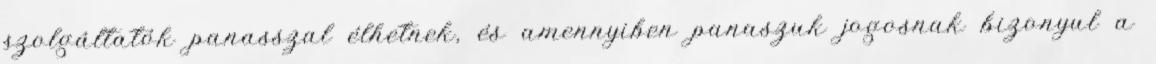
szolgáltatók panasszal élhetnek, és amennyiben panaszuk jogosnak bizonyul a